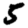
Digit: 5